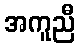
အကူညီ